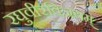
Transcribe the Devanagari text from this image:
रघुवीरविजयम्